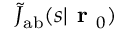
\tilde { J } _ { \mathrm { { a b } } } ( s | \textbf { r } _ { 0 } )